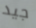
جيد